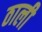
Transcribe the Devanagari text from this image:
ठाली